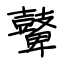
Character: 鼙